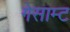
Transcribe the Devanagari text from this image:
गेसाम्ट